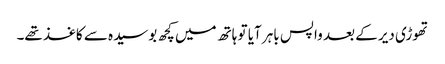
تھوڑی دیر کے بعد واپس باہر آیا تو ہاتھ میں کچھ بوسیدہ سے کاغذ تھے۔